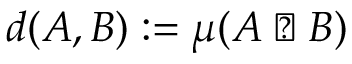
d ( A , B ) : = \mu ( A \vartriangle B )